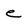
Character: e